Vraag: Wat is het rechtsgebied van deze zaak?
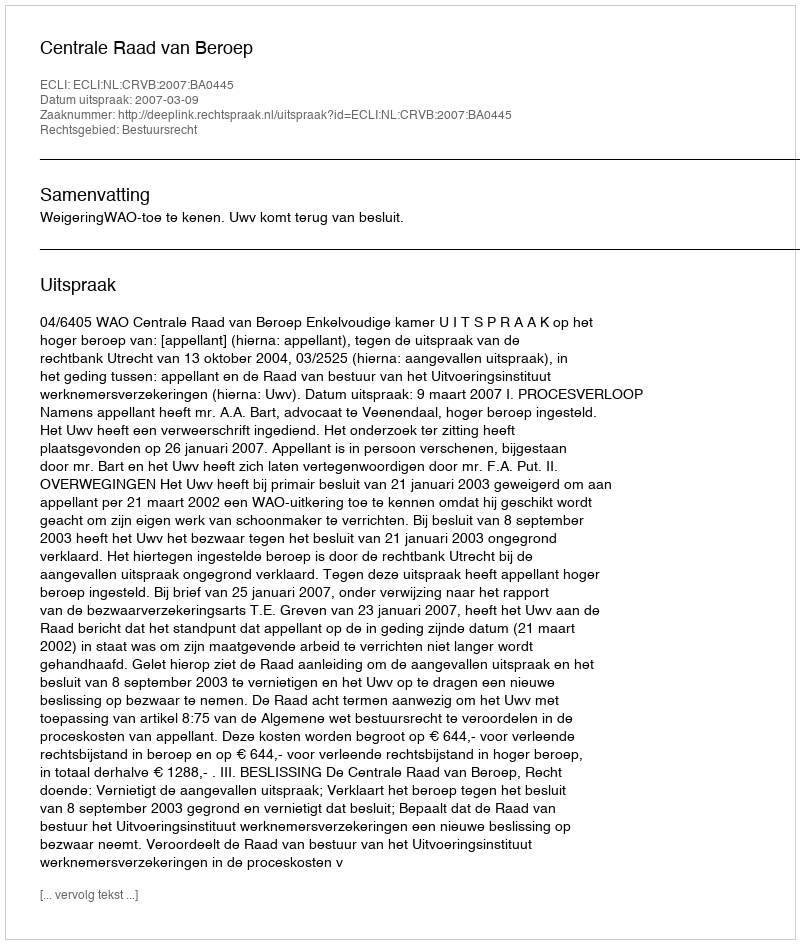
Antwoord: Bestuursrecht